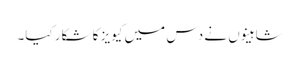
شاہینوں نے دس میں کیویز کا شکار کیا۔